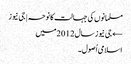
مسلمانوں کی جہالت کا نوحہ | جی نیوز
← جی نیوز سال 2012میں
اسلامی اُصول۔